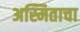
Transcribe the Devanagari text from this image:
अस्मिताचा